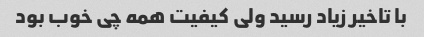
با تاخیر زیاد رسید ولی کیفیت همه چی خوب بود